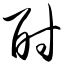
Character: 酎